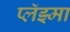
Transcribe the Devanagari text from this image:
प्लॅझ्मा